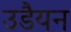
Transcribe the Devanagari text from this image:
उडैयन